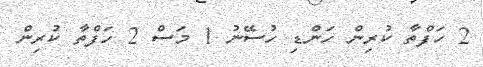
2 ހަފްތާ ކުރިން ހަންޑި ހުސޭނު 1 މަސް 2 ހަފްތާ ކުރިން